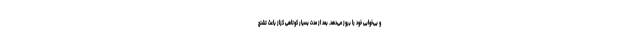
و بی‌خوابی خود را بروز می‌دهد. بعد از مدت بسیار کوتاهی کزاز باعث تشنج